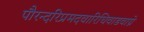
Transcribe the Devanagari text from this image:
पौरन्दरिप्रमदवारिधिवाडवाग्ने